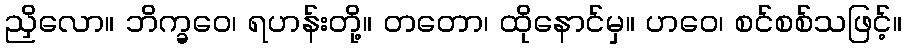
ညှိလော။ ဘိက္ခဝေ၊ ရဟန်းတို့။ တတော၊ ထိုနောင်မှ။ ဟဝေ၊ စင်စစ်သဖြင့်။